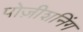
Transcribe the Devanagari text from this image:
पोज़ीशनिंग